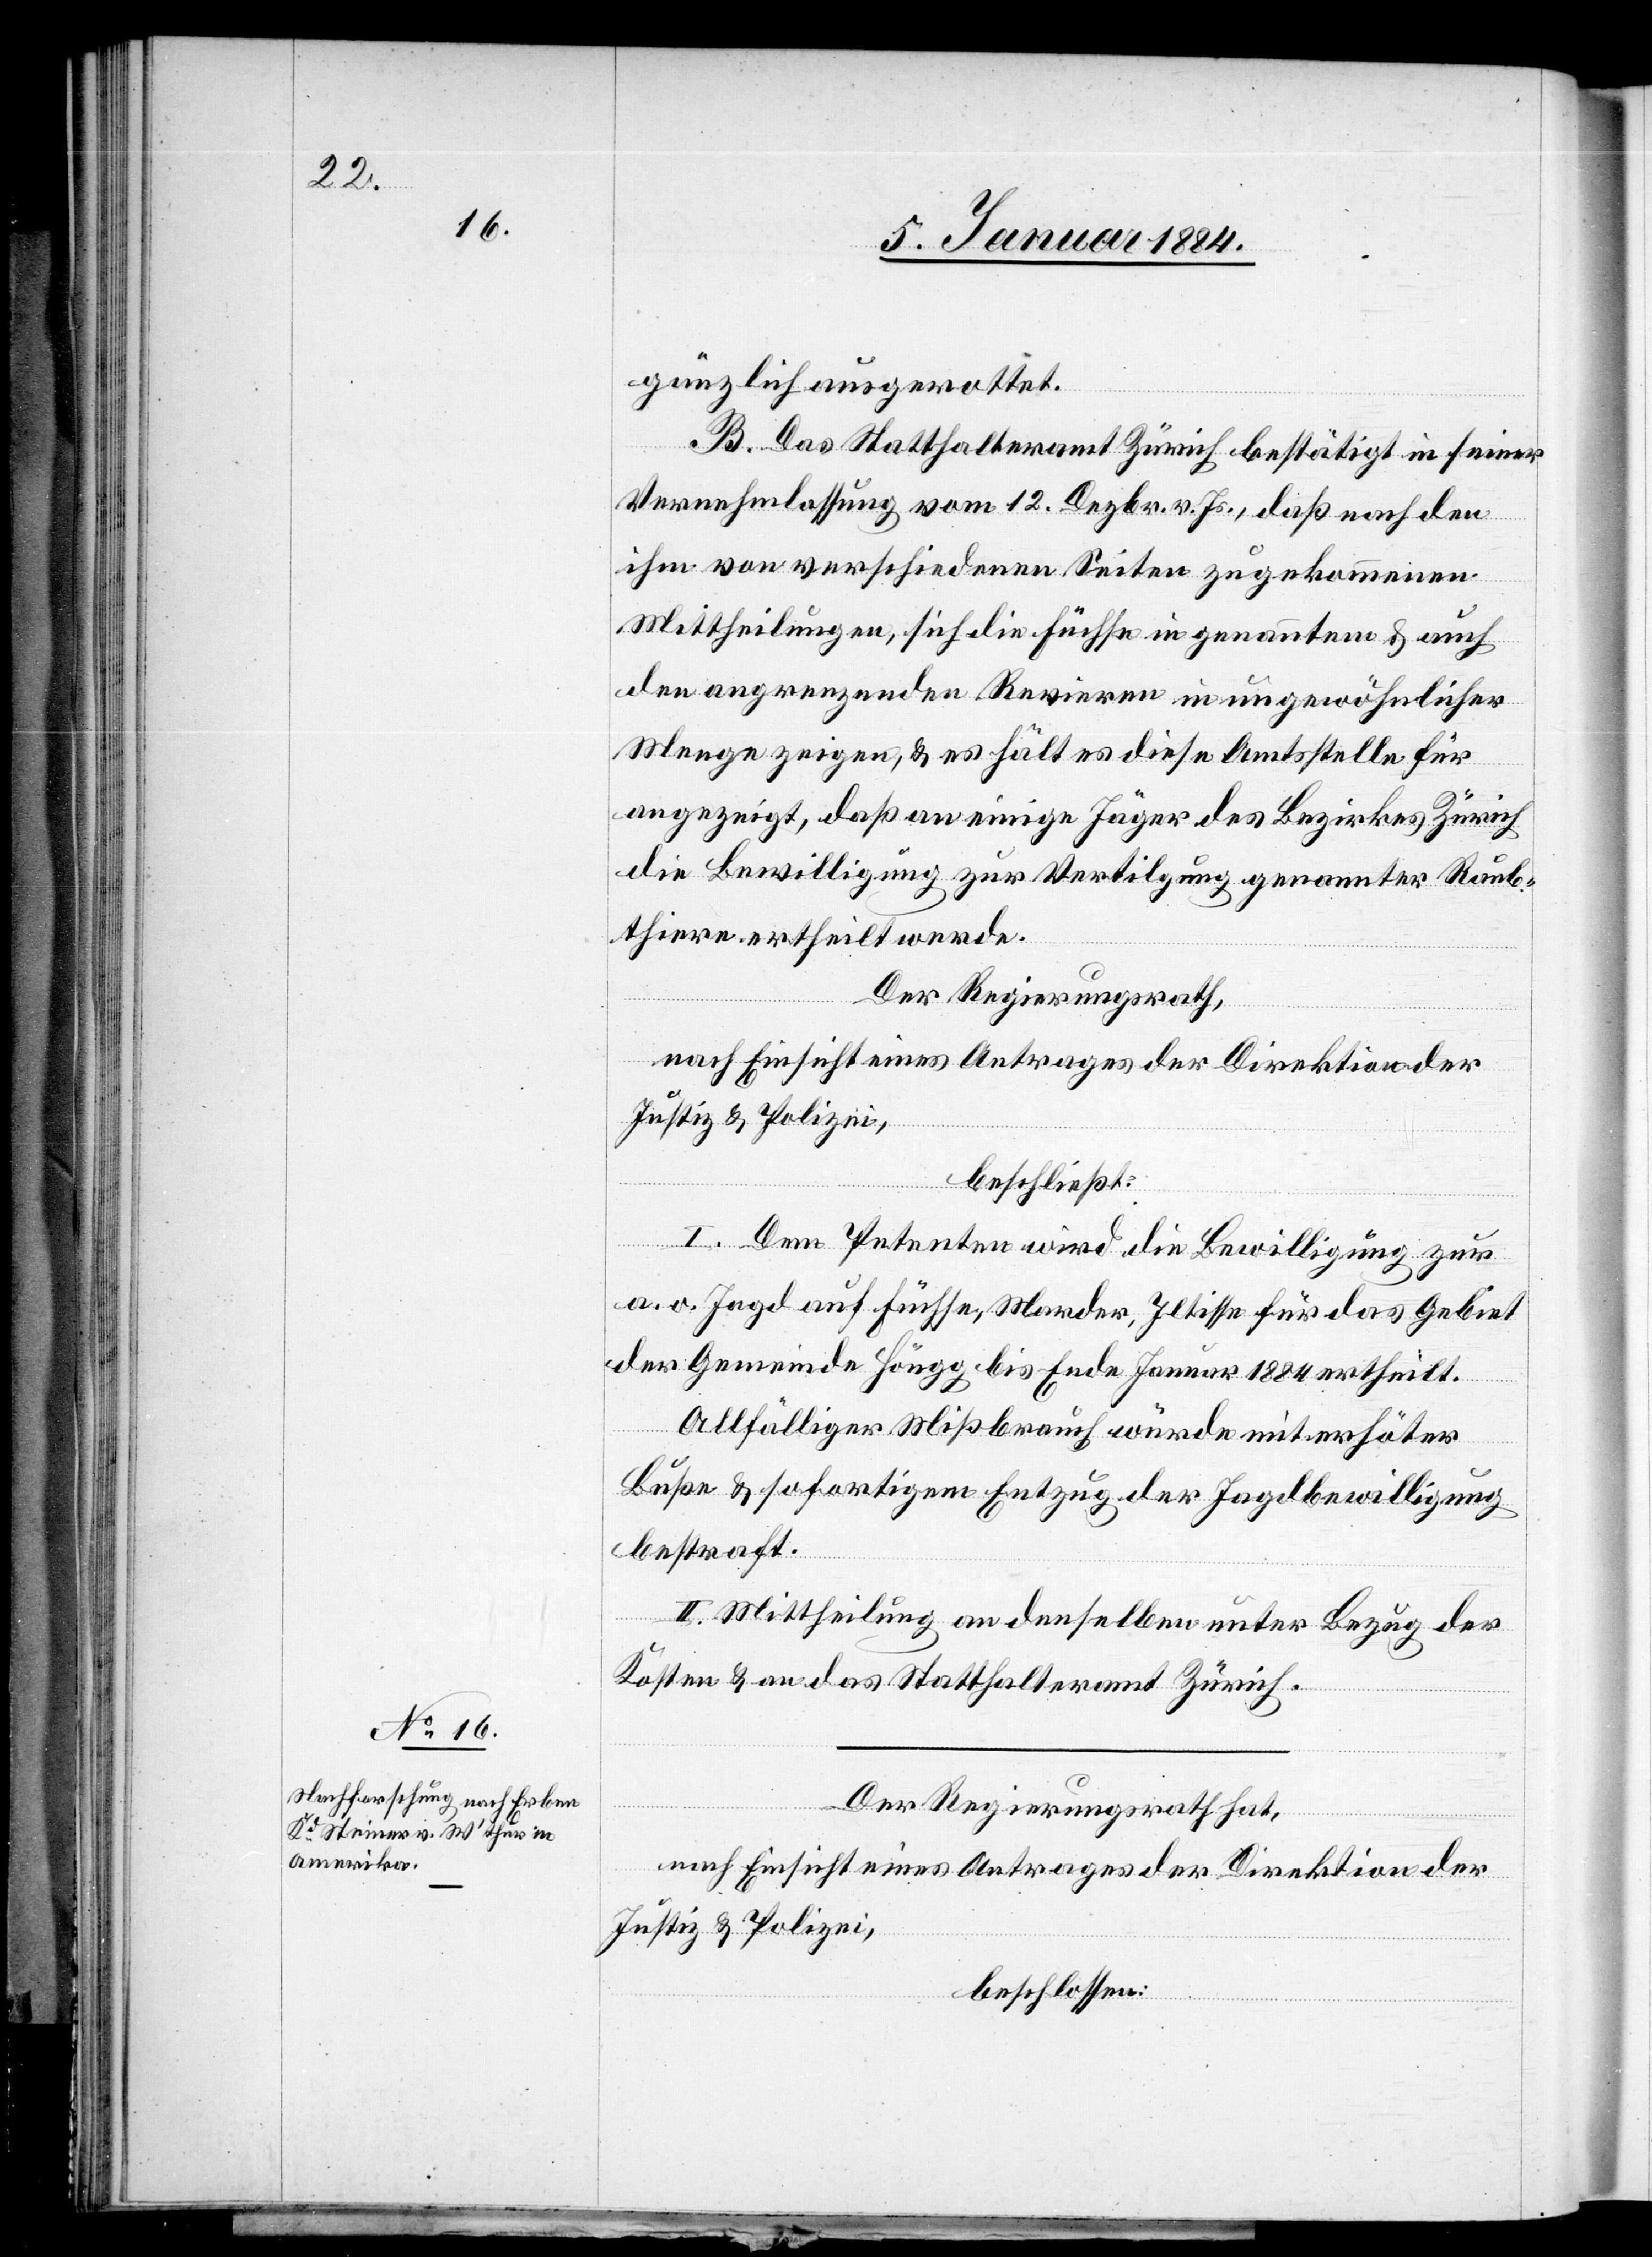
gänzlich ausgerottet.
B. Das Statthalteramt Zürich bestätigt in seiner
Vernehmlassung vom 12. Dezbr. v. Js., daß nach den
ihm von verschiedenen Seiten zugekommenen
Mittheilungen, sich die Füchse in genanntem & auch
den angrenzenden Revieren in ungewöhnlicher
Menge zeigen, & es hält es diese Amtsstelle für
angezeigt, daß an einige Jäger des Bezirkes Zürich
die Bewilligung zur Vertilgung genannter Raub¬
thiere ertheilt werde.
Der Regierungsrath,
nach Einsicht eines Antrages der Direktion der
Justiz & Polizei,
beschließt:
I. Dem Petenten wird die Bewilligung zur
a. o. Jagd auf Füchse, Marder, Iltisse für das Gebiet
der Gemeinde Höngg bis Ende Januar 1884 ertheilt.
Allfälliger Mißbrauch würde mit erhöhter
Buße & sofortigem Entzug der Jagdbewilligung
bestraft.
II. Mittheilung an denselben unter Bezug der
Kosten & und das Statthalteramt Zürich.
Der Regierungsrath hat,
nach Einsicht eines Antrages der Direktion der
Justiz & Polizei,
beschlossen: